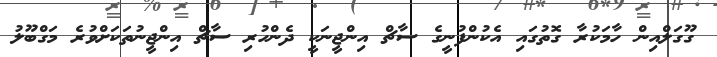
ގޫގަލްއިން ހާމަކުރާ ގޮތުގައި އެކުންފުނީގެ ސާޗް އިންޖީނަކީ ދެންހުރި ސާޗް އިންޖީނުތަކަށްވުރެ މަގްބޫލު